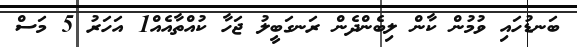
ބަނޑުހައި ވުމުން ކާން ލިބެންދެން ރަނގަބީލު ޖަހާ ކުއްތާއެއް1 އަހަރު 5 މަސް